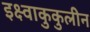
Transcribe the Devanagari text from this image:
इक्ष्वाकुकुलीन